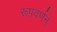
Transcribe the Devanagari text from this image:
रूपवर्णन